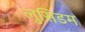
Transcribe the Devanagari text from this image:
लुसिडम